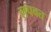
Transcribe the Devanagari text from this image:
लपवत